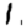
Digit: 1